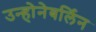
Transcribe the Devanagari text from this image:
उन्होनेबर्लिन